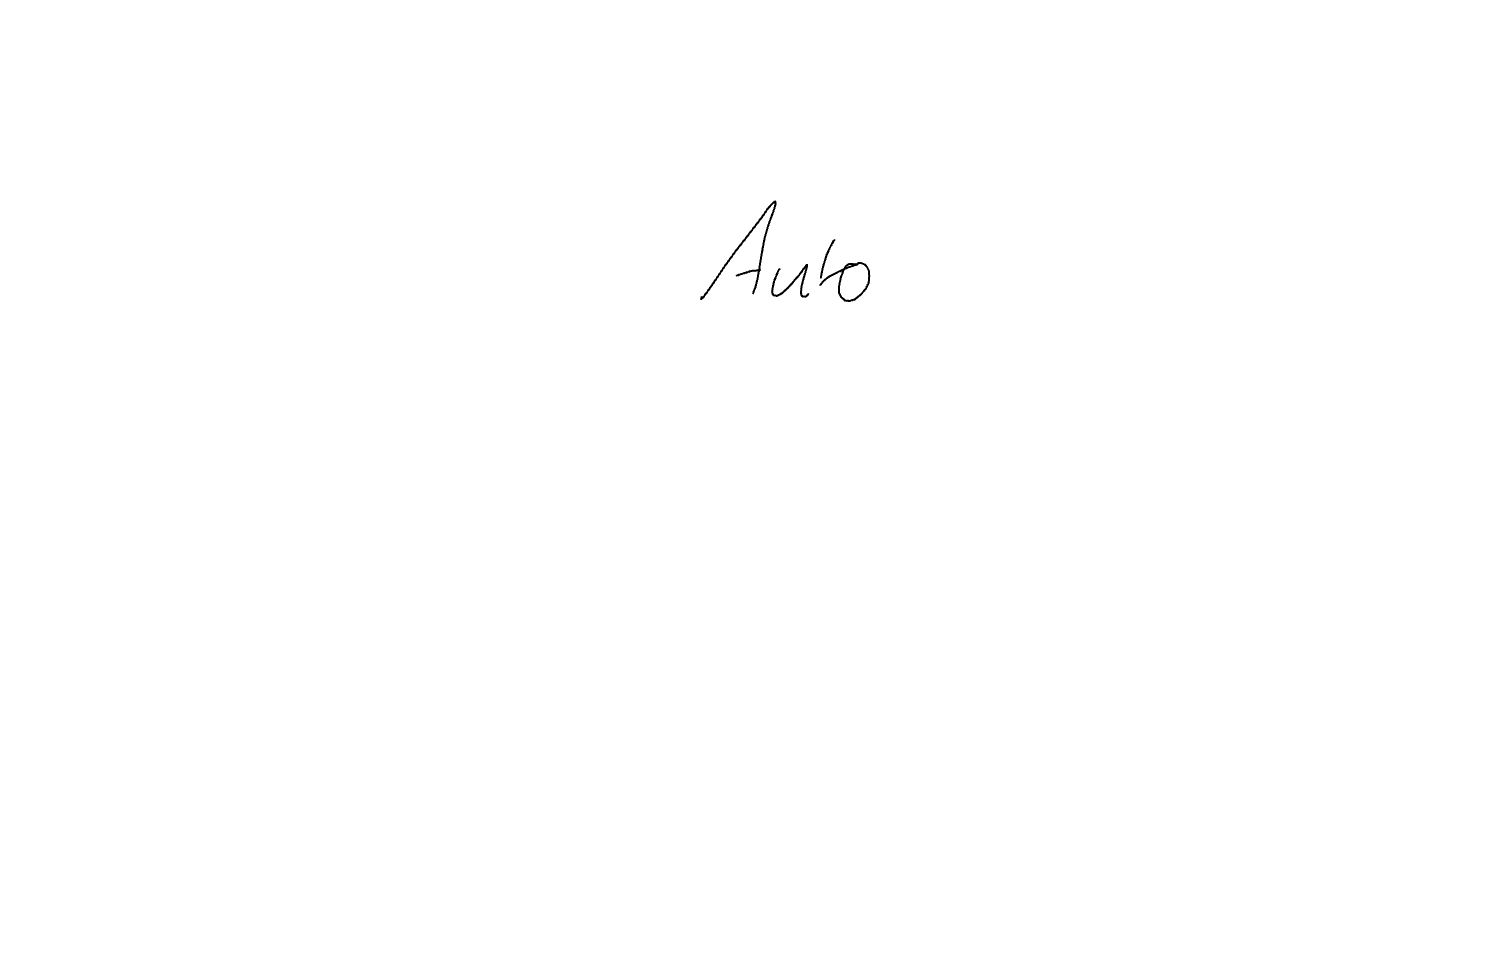
Text: Auto